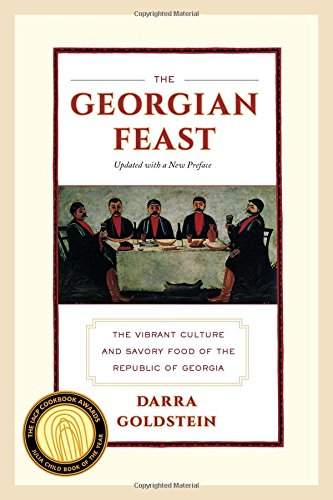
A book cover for The Georgian Feast: The Vibrant Culture and Savory Food of the Republic of Georgia; Darra Goldstein; Cookbooks, Food & Wine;